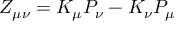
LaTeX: Z _ { \mu \nu } = K _ { \mu } P _ { \nu } - K _ { \nu } P _ { \mu }